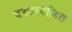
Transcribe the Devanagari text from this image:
दस्तावेज़ित